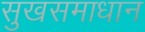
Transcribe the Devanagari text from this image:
सुखसमाधान